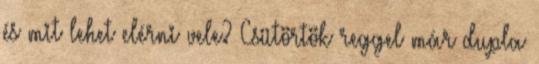
és mit lehet elérni vele? Csütörtök reggel már dupla